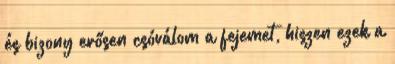
és bizony erősen csóválom a fejemet, hiszen ezek a